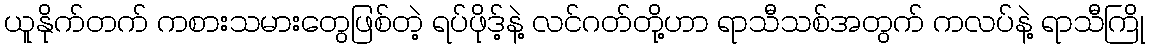
ယူနိုက်တက် ကစားသမားတွေဖြစ်တဲ့ ရပ်ဖိုဒ့်နဲ့ လင်ဂတ်တို့ဟာ ရာသီသစ်အတွက် ကလပ်နဲ့ ရာသီကြို